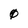
Character: 0